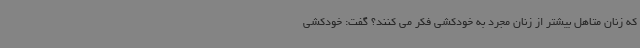
که زنان متاهل بیشتر از زنان مجرد به خودکشی فکر می کنند؟ گفت: خودکشی